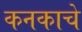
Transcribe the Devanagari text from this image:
कनकाचे